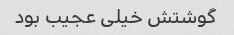
گوشتش خیلی عجیب بود